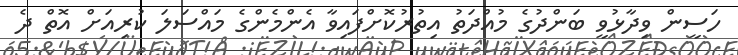
ހަސީން ވިދާޅުވީ ބަންދުގެ މުއްދަތު އިތުރުކޮށްފައިވާ އެންމެންގެ މައްސަލަ ކުރިއަށް އޮތް ދެ